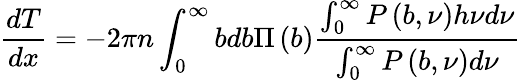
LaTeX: \frac{dT}{dx}=-2\pi n\int_{0}^{\infty}{bdb}\Pi\left(b\right)\frac{\int_{0}^{\infty}{P\left({b,\nu}\right)h\nu d\nu}}{\int_{0}^{\infty}{P\left({b,\nu}\right)d\nu}}